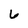
Character: 6